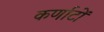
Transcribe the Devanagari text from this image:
कर्णाटों